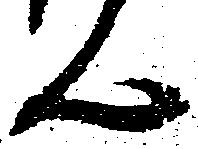
く